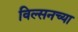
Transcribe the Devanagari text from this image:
विल्सनच्या